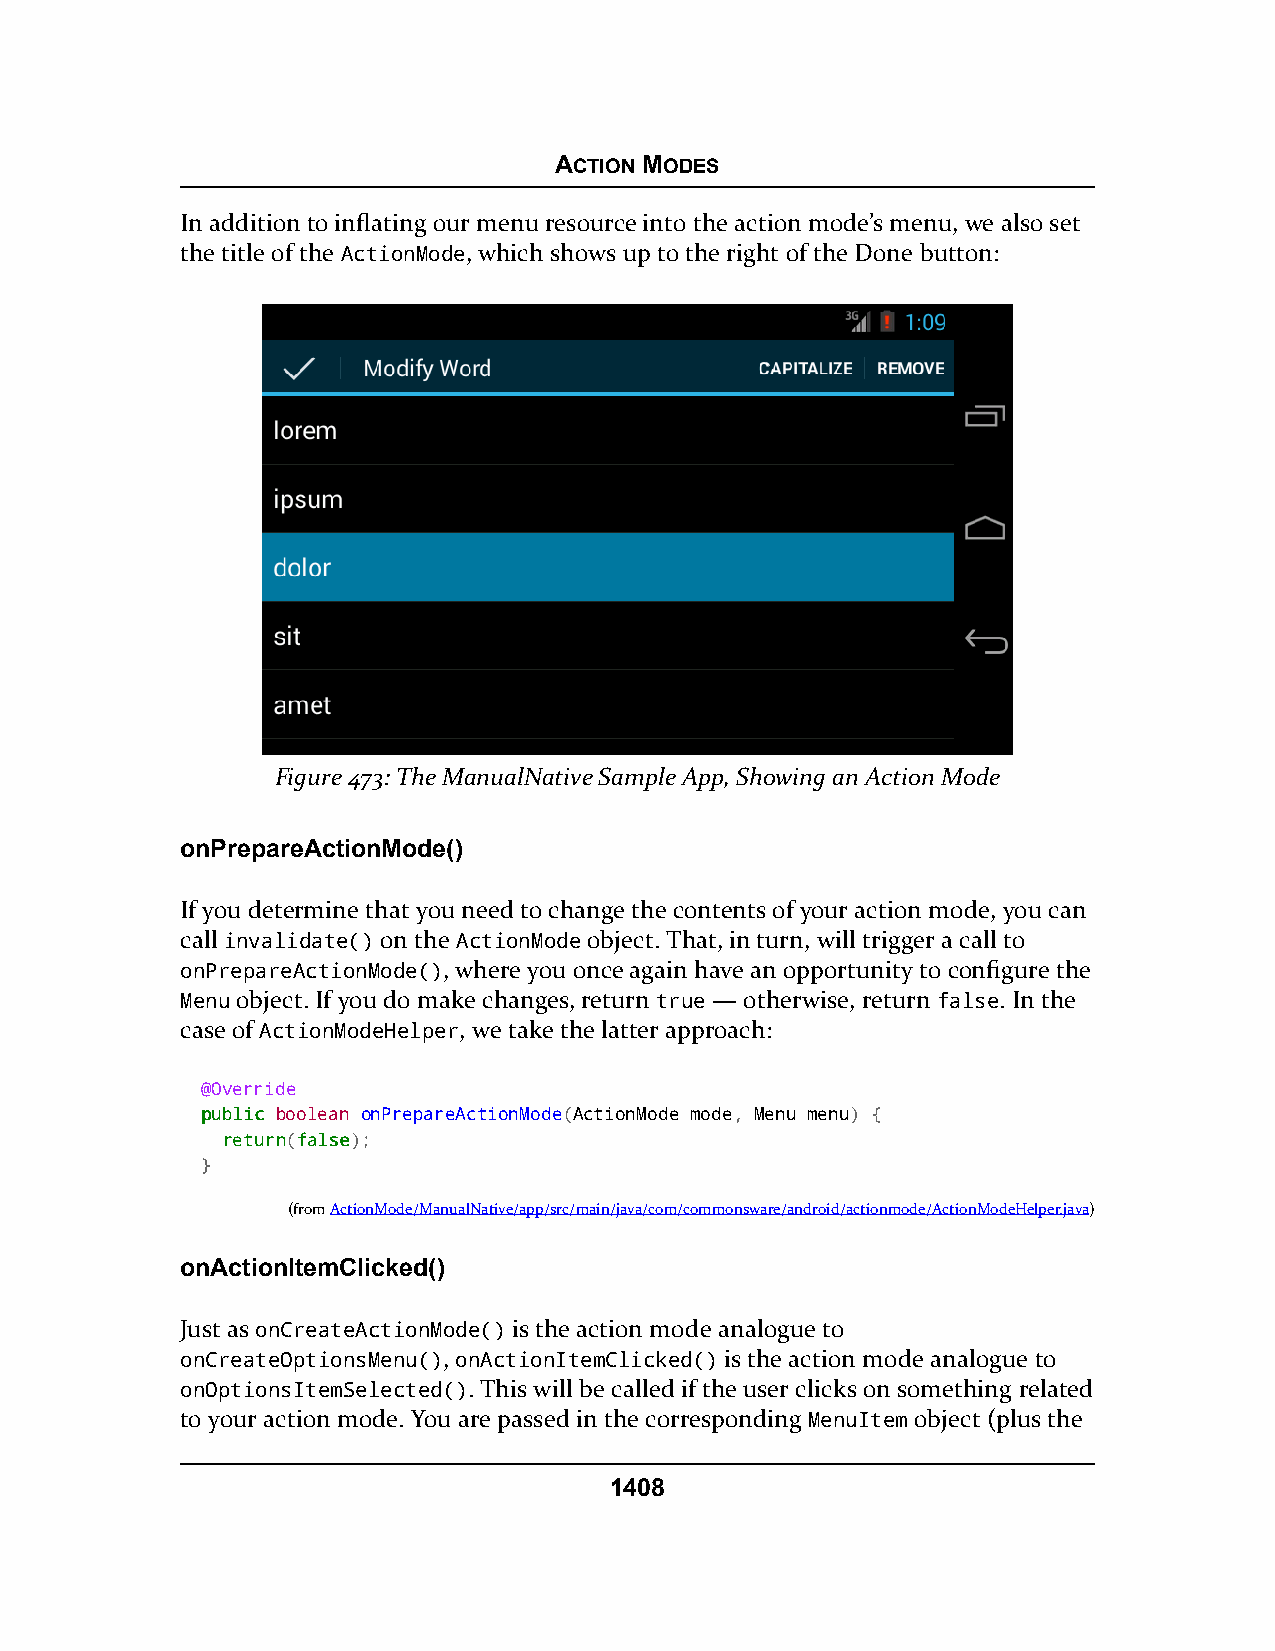
ACTION MODES
 In addition to inflating our menu resource into the action mode’s menu, we also set
 the title of the ActionMode, which shows up to the right of the Done button:
 Figure 473: The ManualNative Sample App, Showing an Action Mode
 onPrepareActionMode()
 If you determine that you need to change the contents of your action mode, you can
 call invalidate() on the ActionMode object. That, in turn, will trigger a call to
 onPrepareActionMode(), where you once again have an opportunity to configure the
 Menu object. If you do make changes, return true — otherwise, return false. In the
 case of ActionModeHelper, we take the latter approach:
 @Override
 ppuubblliicc boolean onPrepareActionMode(ActionMode mode, Menu menu) {
 rreettuurrnn(ffaallssee);
 }
 (fromActionMode/ManualNative/app/src/main/java/com/commonsware/android/actionmode/ActionModeHelper.java)
 onActionItemClicked()
 Just as onCreateActionMode() is the action mode analogue to
 onCreateOptionsMenu(), onActionItemClicked() is the action mode analogue to
 onOptionsItemSelected(). This will be called if the user clicks on something related
 to your action mode. You are passed in the corresponding MenuItem object (plus the
 1408